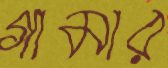
গামার